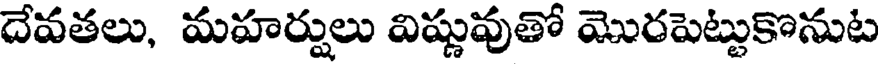
దేవతలు, మహర్షులు విష్ణువుతో మొరపెట్టుకొనుట